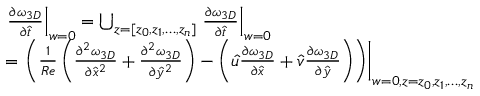
\begin{array} { r l } & { \left. \frac { \partial \omega _ { 3 D } } { \partial \hat { t } } \right| _ { w = 0 } = { \bigcup _ { z = \lbrack z _ { 0 } , z _ { 1 } , \ldots , z _ { n } \rbrack } \left. \frac { \partial \omega _ { 3 D } } { \partial \hat { t } } \right| _ { w = 0 } } } \\ & { = \left. \left( { \frac { 1 } { R e } \left( { \frac { \partial ^ { 2 } \omega _ { 3 D } } { \partial { \hat { x } } ^ { 2 } } + \frac { \partial ^ { 2 } \omega _ { 3 D } } { \partial { \hat { y } } ^ { 2 } } } \right) - \left( { \hat { u } \frac { \partial \omega _ { 3 D } } { \partial \hat { x } } + \hat { v } \frac { \partial \omega _ { 3 D } } { \partial \hat { y } } } \right) } \right) \right| _ { w = 0 , z = z _ { 0 } , z _ { 1 } , \ldots , z _ { n } } } \end{array}